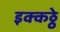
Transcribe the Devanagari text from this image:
इक्कठ्ठे